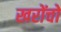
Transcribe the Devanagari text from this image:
खरोंचो